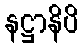
နဋ္ဌာနိပိ